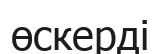
өскерді